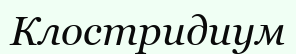
Клостридиум